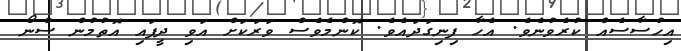
އިހުސާސެއް ކުރެވުނެވެ. އެހާ ފިނިގަދައެވެ. ކޮންމެވެސް ވަރަކަށް އަވި ދީފައި އޮތުމުން ސްނޯ